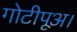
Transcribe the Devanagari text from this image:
गोटीपूअ।